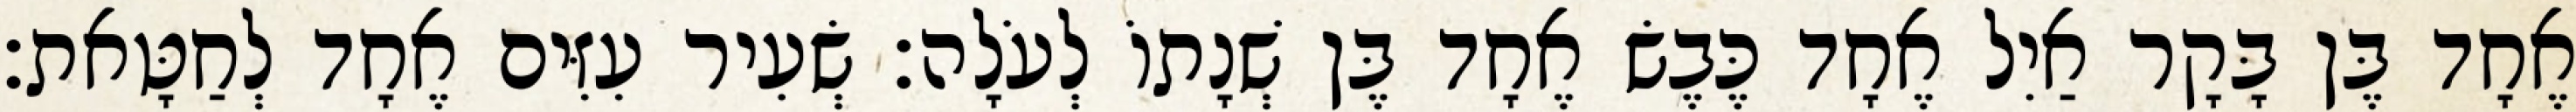
אֶחָד בֶּן בָּקָר אַיִל אֶחָד כֶּבֶשׂ אֶחָד בֶּן שְׁנָתוֹ לְעֹלָה׃ שְׂעִיר עִזִּים אֶחָד לְחַטָּאת׃